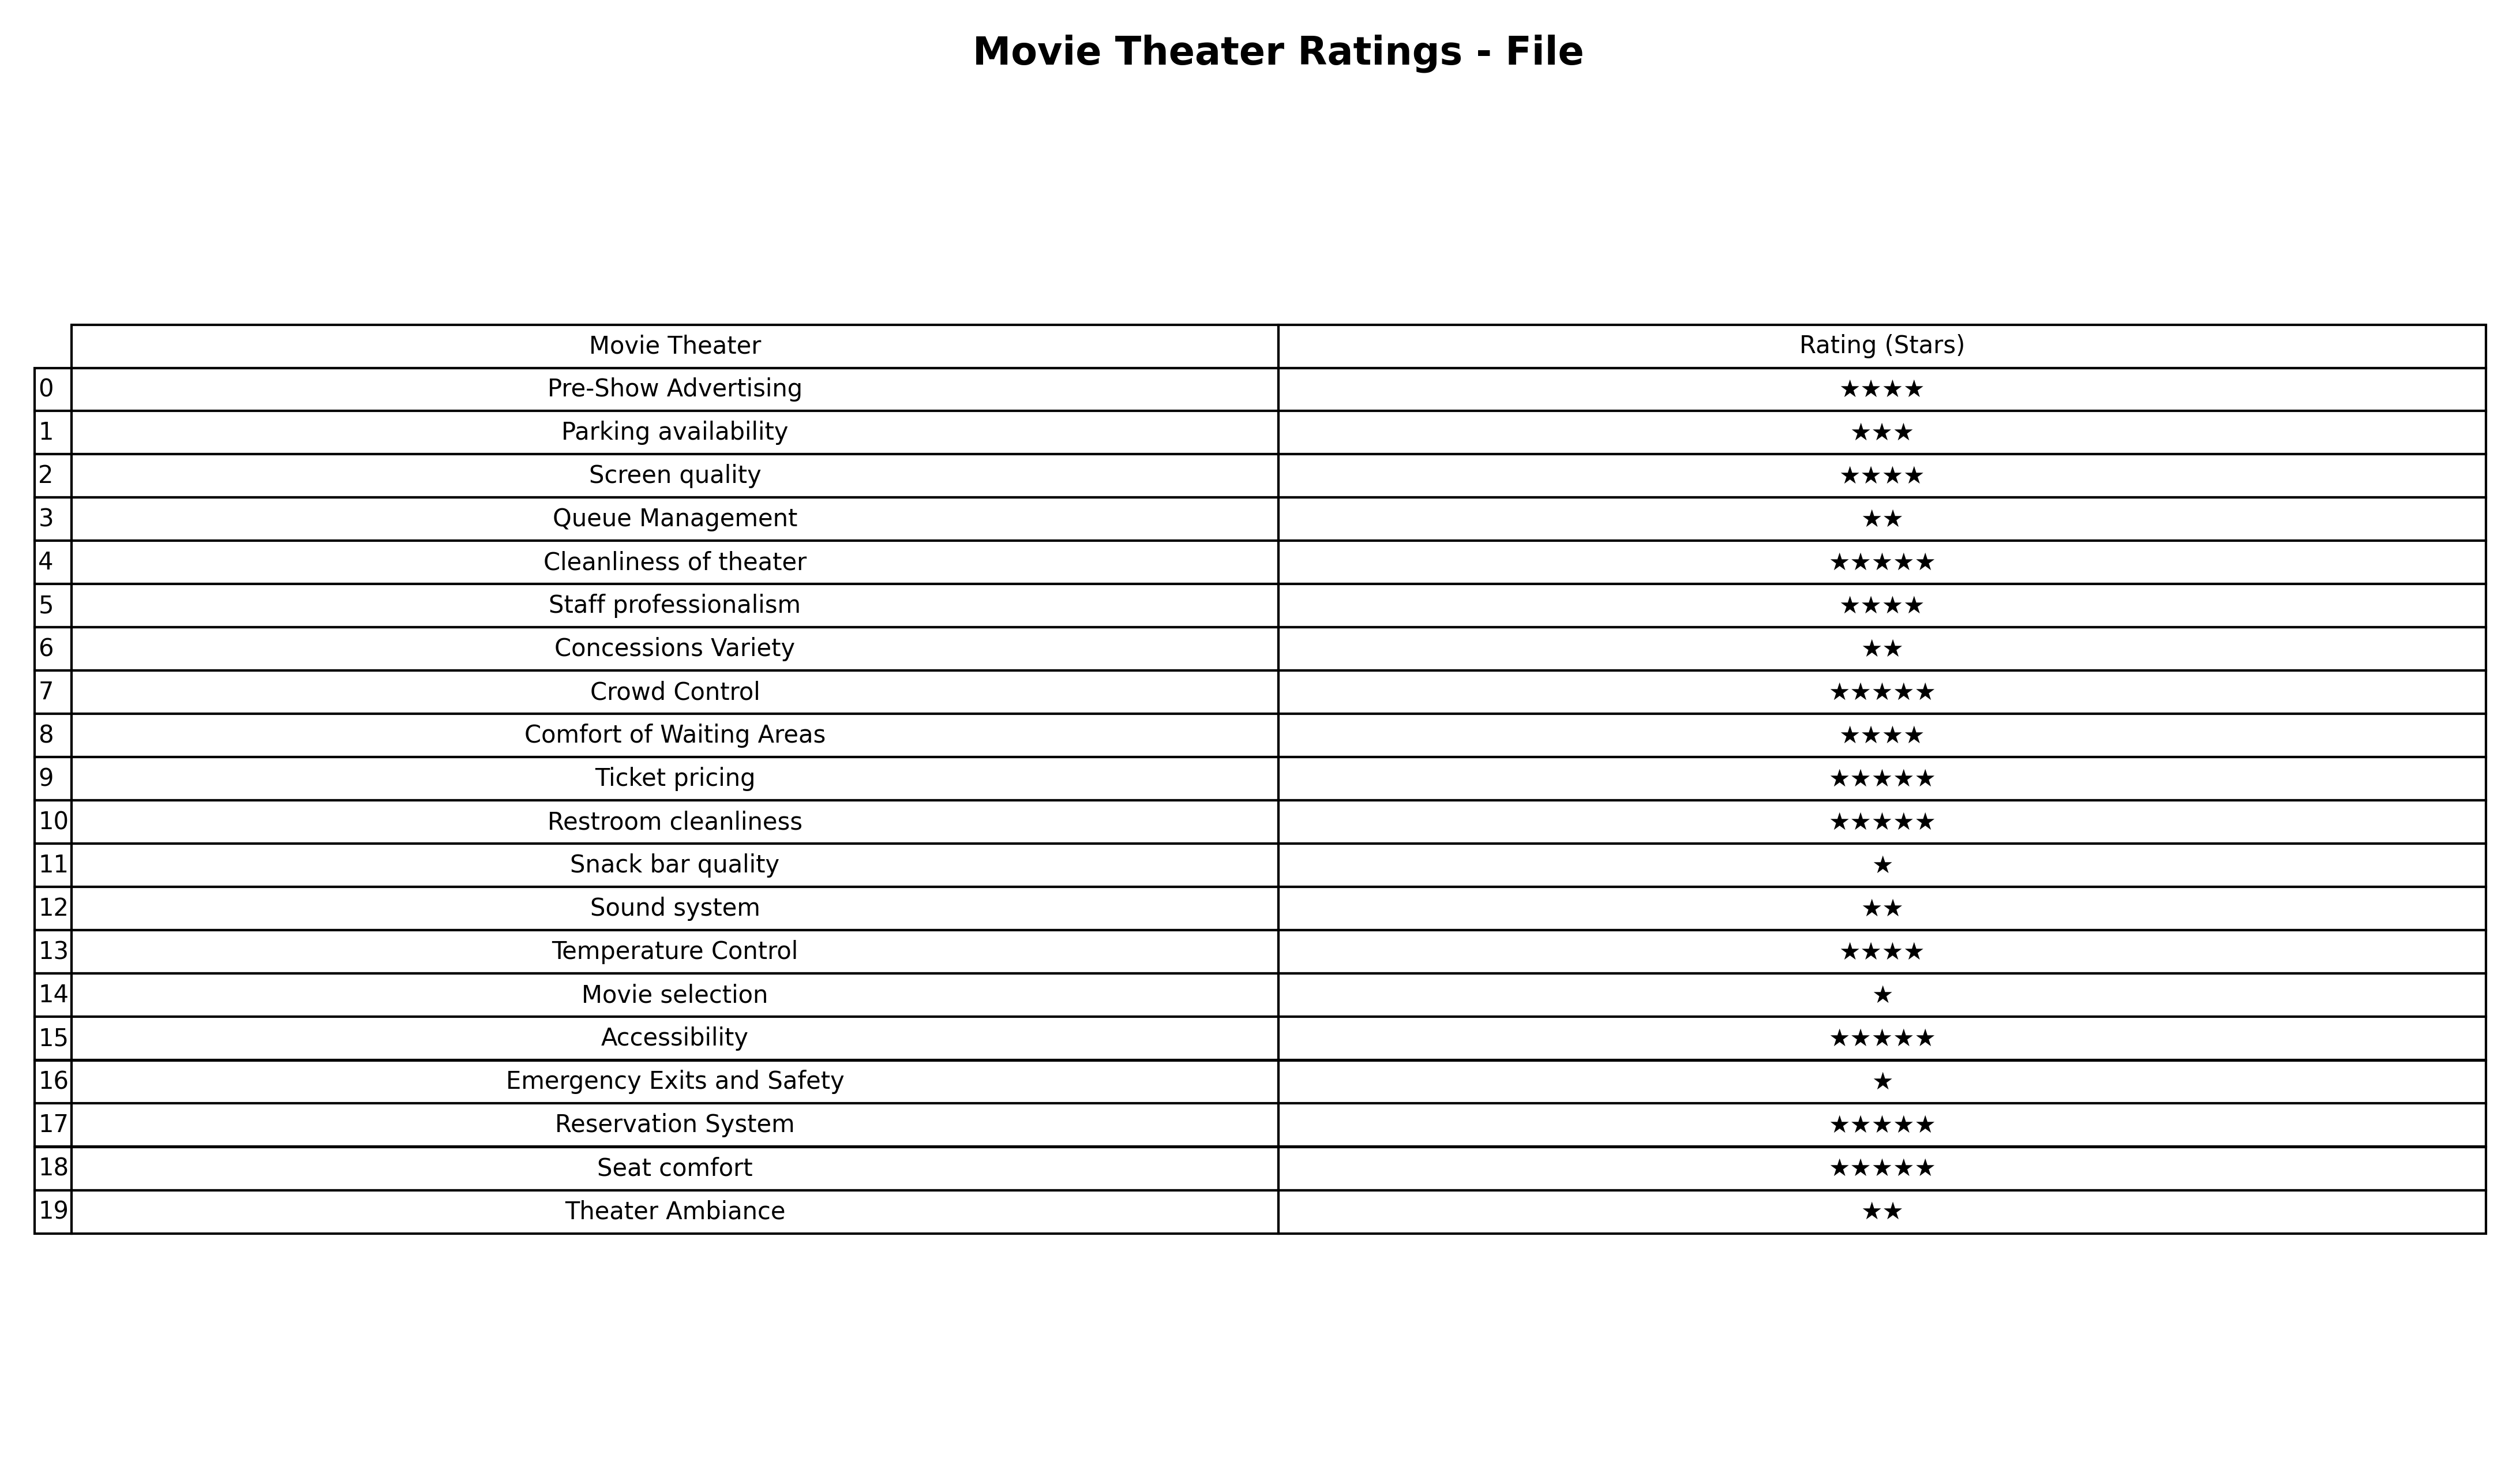
question: What are highest rating services?
answer: Cleanliness of theaterCrowd ControlTicket pricingRestroom cleanlinessAccessibilityReservation SystemSeat comfort